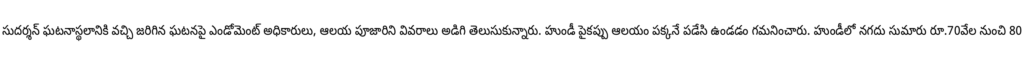
సుదర్శన్ ఘటనాస్థలానికి వచ్చి జరిగిన ఘటనపై ఎండోమెంట్ అధికారులు, ఆలయ పూజారిని వివరాలు అడిగి తెలుసుకున్నారు. హుండీ పైకప్పు ఆలయం పక్కనే పడేసి ఉండడం గమనించారు. హుండీలో నగదు సుమారు రూ.70వేల నుంచి 80